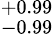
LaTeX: _{-0.99}^{+0.99}